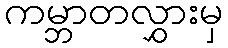
ကမ္ဘာတလွှားမှ